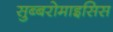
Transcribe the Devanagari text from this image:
सुब्बरोमाइसिस